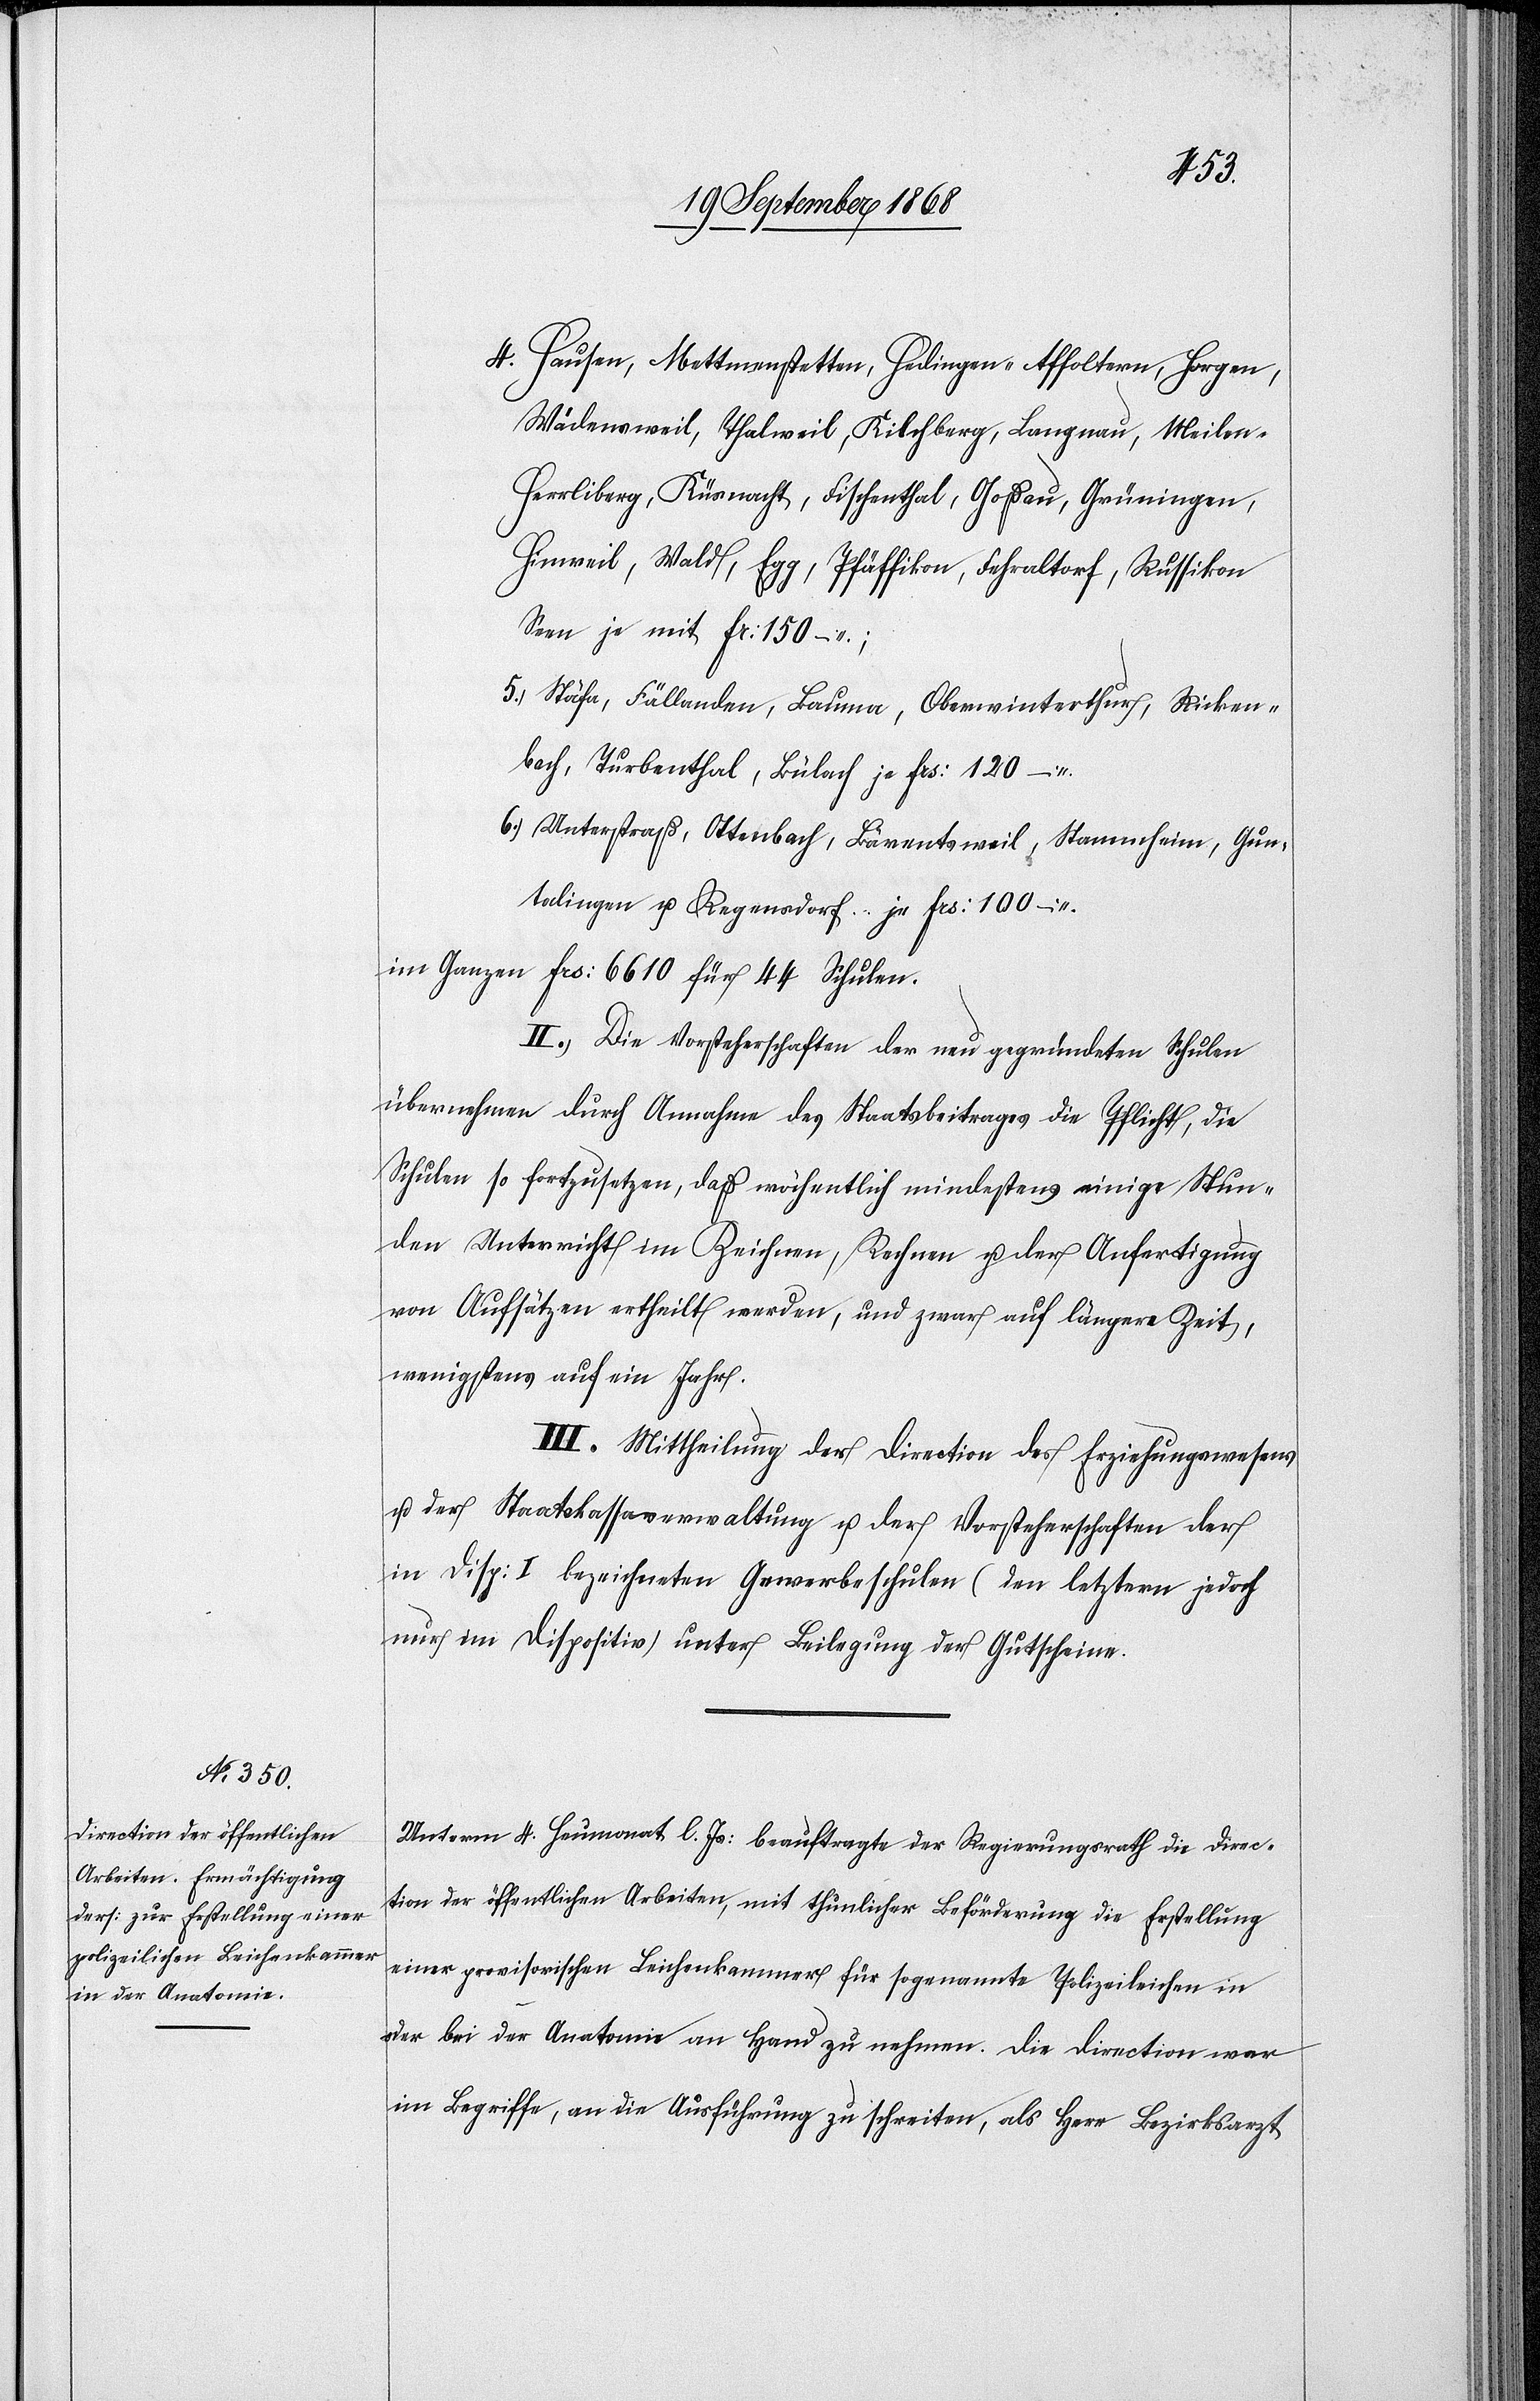
Hausen, Mettmenstetten, Hedingen - Affoltern, Horgen,
Wädensweil, Thalweil, Kilchberg, Langnau, Meilen -
Herrliberg, Küsnacht, Fischenthal, Goßau, Grüningen,
Hinweil, Wald, Egg, Pfäffikon, Fehraltorf, Russikon[,]
Seen je mit Fr: 150 –;
Stäfa, Fällanden, Bauma, Oberwinterthur, Ricken¬
bach, Turbenthal, Bülach je Frs: 120 –
Unterstraß, Ottenbach, Bärentsweil, Stammheim, Gun¬
talingen u. Regensdorf je Frs: 100 –
im Ganzen Frs: 6610 für 44 Schulen.
II. Die Vorsteherschaften der neu gegründeten Schulen
übernehmen durch Annahme des Staatsbeitrages die Pflicht, die
Schulen so fortzusetzen, daß wöchentlich mindestens einige Stun¬
den Unterricht im Zeichnen, Rechnen u. der Anfertigung
von Aufsätzen ertheilt werden, und zwar auf längere Zeit,
wenigstens auf ein Jahr.
III. Mittheilung der Direction des Erziehungswesens
u. der Staatskassaverwaltung u. der Vorsteherschaften der
in Disp: I bezeichneten Gewerbeschulen (den letztern jedoch
nur im Dispositiv) unter Beilegung der Gutscheine.
Unterm 4. Heumonat l. Js: beauftragte der Regierungsrath die Direc¬
tion der öffentlichen Arbeiten, mit thunlicher Beförderung die Erstellung
einer provisorischen Leichenkammer für sogenannte Polizeileichen in
oder bei der Anatomie an Hand zu nehmen. Die Direction war
im Begriffe, an die Ausführung zu schreiten, als Herr Bezirksarzt